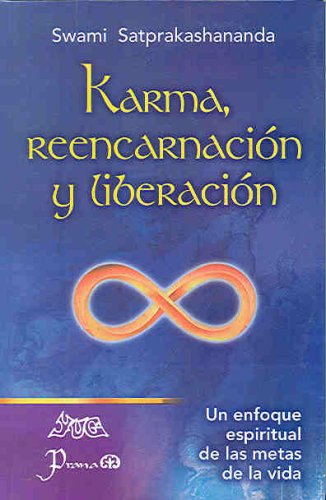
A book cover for Karma, reencarnacion y liberacion (Spanish Edition); Swami Satprakashananda; Religion & Spirituality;